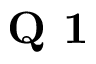
\textbf { Q 1 }